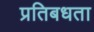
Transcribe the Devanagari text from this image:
प्रतिबधता